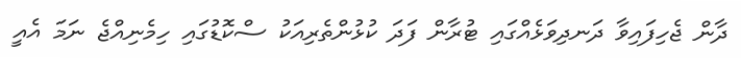
ދާން ޖެހިފައިވާ ދަނދިވަޅެއްގައި ޓުރާން ފަދަ ކުޅުންތެރިއަކު ސްކޮޑުގައި ހިމެނިއްޖެ ނަމަ އެއީ